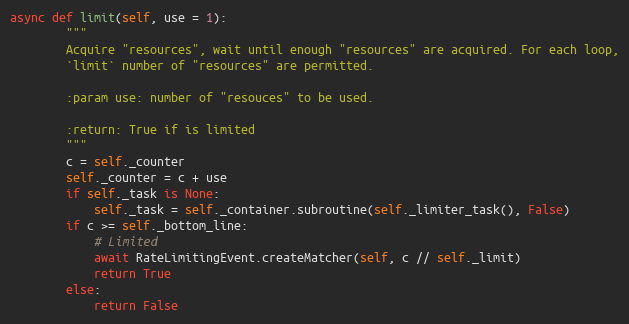
Language: Python
async def limit(self, use = 1):
        """
        Acquire "resources", wait until enough "resources" are acquired. For each loop,
        `limit` number of "resources" are permitted.

        :param use: number of "resouces" to be used.

        :return: True if is limited
        """
        c = self._counter
        self._counter = c + use
        if self._task is None:
            self._task = self._container.subroutine(self._limiter_task(), False)
        if c >= self._bottom_line:
            # Limited
            await RateLimitingEvent.createMatcher(self, c // self._limit)
            return True
        else:
            return False